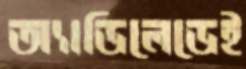
অ্যাডিলেডেই